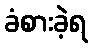
ခံစားခဲ့ရ